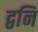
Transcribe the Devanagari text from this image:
द्वनि